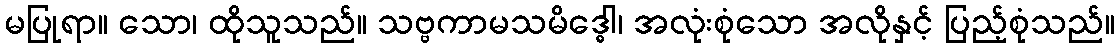
မပြုရာ။ သော၊ ထိုသူသည်။ သဗ္ဗကာမသမိဒ္ဓေါ၊ အလုံးစုံသော အလိုနှင့် ပြည့်စုံသည်။